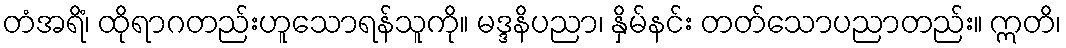
တံအရိံ၊ ထိုရာဂတည်းဟူသောရန်သူကို။ မဒ္ဒနိပညာ၊ နှိမ်နင်း တတ်သောပညာတည်း။ ဣတိ၊